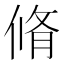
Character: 脩